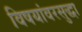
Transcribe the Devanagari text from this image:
विषयांवरसुद्धा